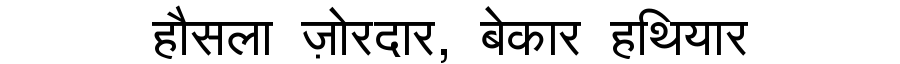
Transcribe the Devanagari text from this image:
हौसला ज़ोरदार, बेकार हथियार